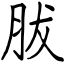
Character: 胈